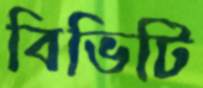
বিভিটি